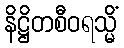
နိဋ္ဌိတစီဝရသ္မိံ